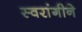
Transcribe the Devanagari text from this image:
स्वरांगीने